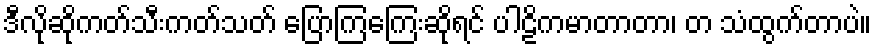
ဒီလိုဆိုကတ်သီးကတ်သတ် ပြောကြကြေးဆိုရင် ပါဠိကမာတာတာ၊ တ သံထွက်တာပဲ။